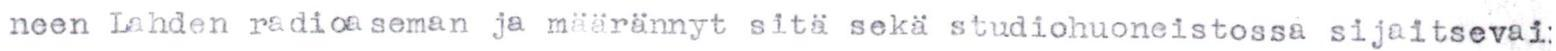
neen Lahden radioaseman ja määrännyt sitä sekä studiohuoneistossa sijaitsevai: